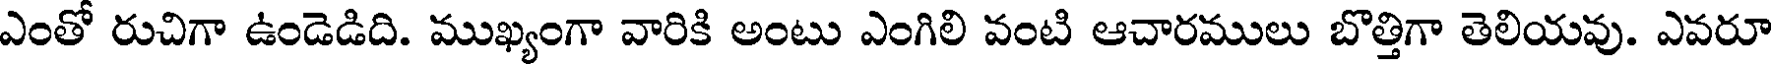
ఎంతో రుచిగా ఉండెడిది. ముఖ్యంగా వారికి అంటు ఎంగిలి వంటి ఆచారములు బొత్తిగా తెలియవు. ఎవరూ